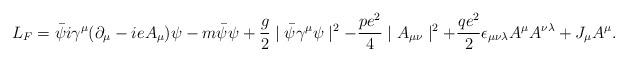
LaTeX: \begin{align*}L_F=\bar\psi i\gamma^\mu (\partial_\mu-ieA_\mu)\psi -m\bar\psi\psi+{g\over 2}\mid\bar\psi\gamma^\mu\psi\mid^2 -{{pe^2}\over 4}\mid A_{\mu\nu}\mid^2+{{qe^2}\over 2}\epsilon_{\mu\nu\lambda}A^\mu A^{\nu\lambda}+J_\mu A^\mu.\end{align*}